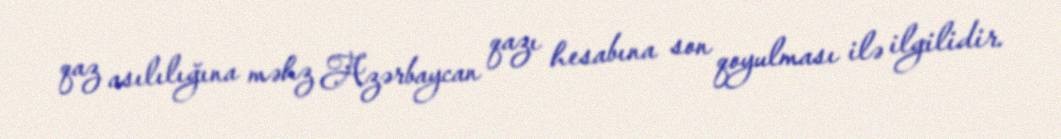
qaz asılılığına məhz Azərbaycan qazı hesabına son qoyulması ilə ilgilidir.